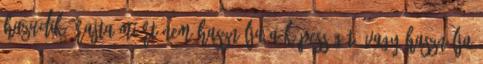
hazudik. Rajta miért nem használja a képességét? Vagy használja